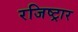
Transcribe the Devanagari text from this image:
रजिष्ट्रार